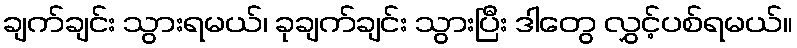
ချက်ချင်း သွားရမယ်၊ ခုချက်ချင်း သွားပြီး ဒါတွေ လွှင့်ပစ်ရမယ်။